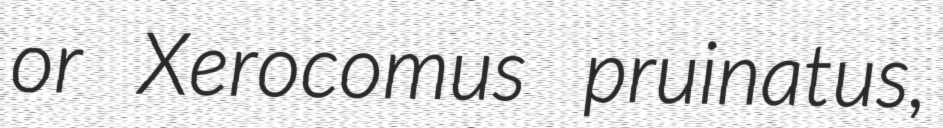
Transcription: or Xerocomus pruinatus,